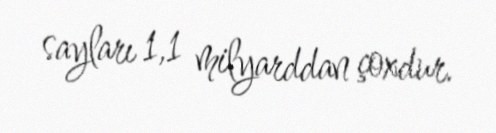
sayları 1,1 milyarddan çoxdur.